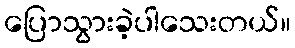
ပြောသွားခဲ့ပါသေးတယ်။